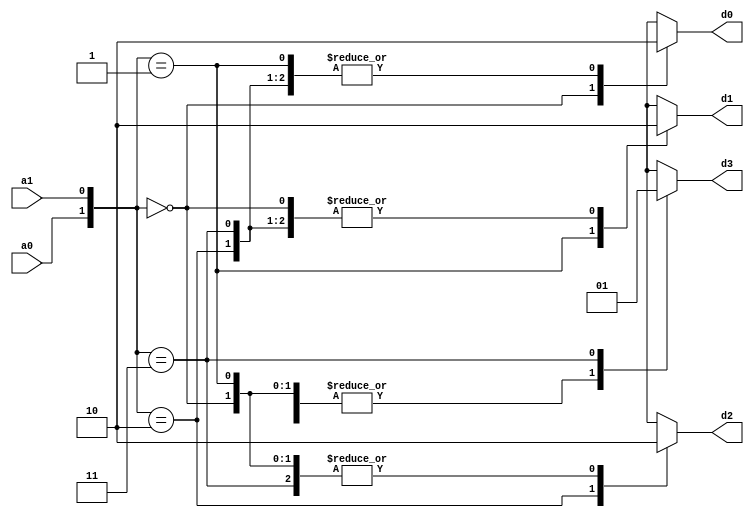
module decoder2to4_beh(a0,a1,d0,d1,d2,d3);
input a0, a1;
output reg d0,d1,d2,d3;
always@*
case({a0,a1})
2'b00: begin d3=1'b0; d2=1'b0; d1=1'b0; d0=1'b1; end
2'b01: begin d3=1'b0; d2=1'b0; d1=1'b1; d0=1'b0; end
2'b10: begin d3=1'b0; d2=1'b1; d1=1'b0; d0=1'b0; end
2'b11: begin d3=1'b1; d2=1'b0; d1=1'b0; d0=1'b0; end
endcase
endmodule